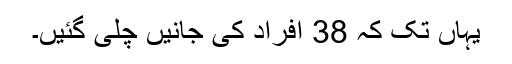
یہاں تک کہ 38 افراد کی جانیں چلی گئیں۔